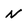
Character: N